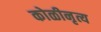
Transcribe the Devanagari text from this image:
कोळीनृत्य